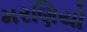
મરણિયો